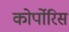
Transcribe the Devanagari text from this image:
कोर्पोरिस